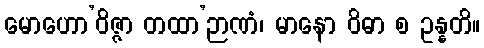
မောဟော’ဝိဇ္ဇာ တထာ’ဉာဏံ၊ မာနော ဝိဓာ စ ဥန္နတိ။